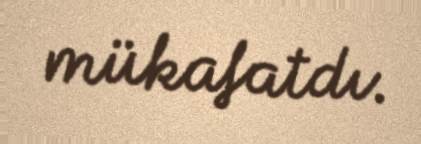
mükafatdı.